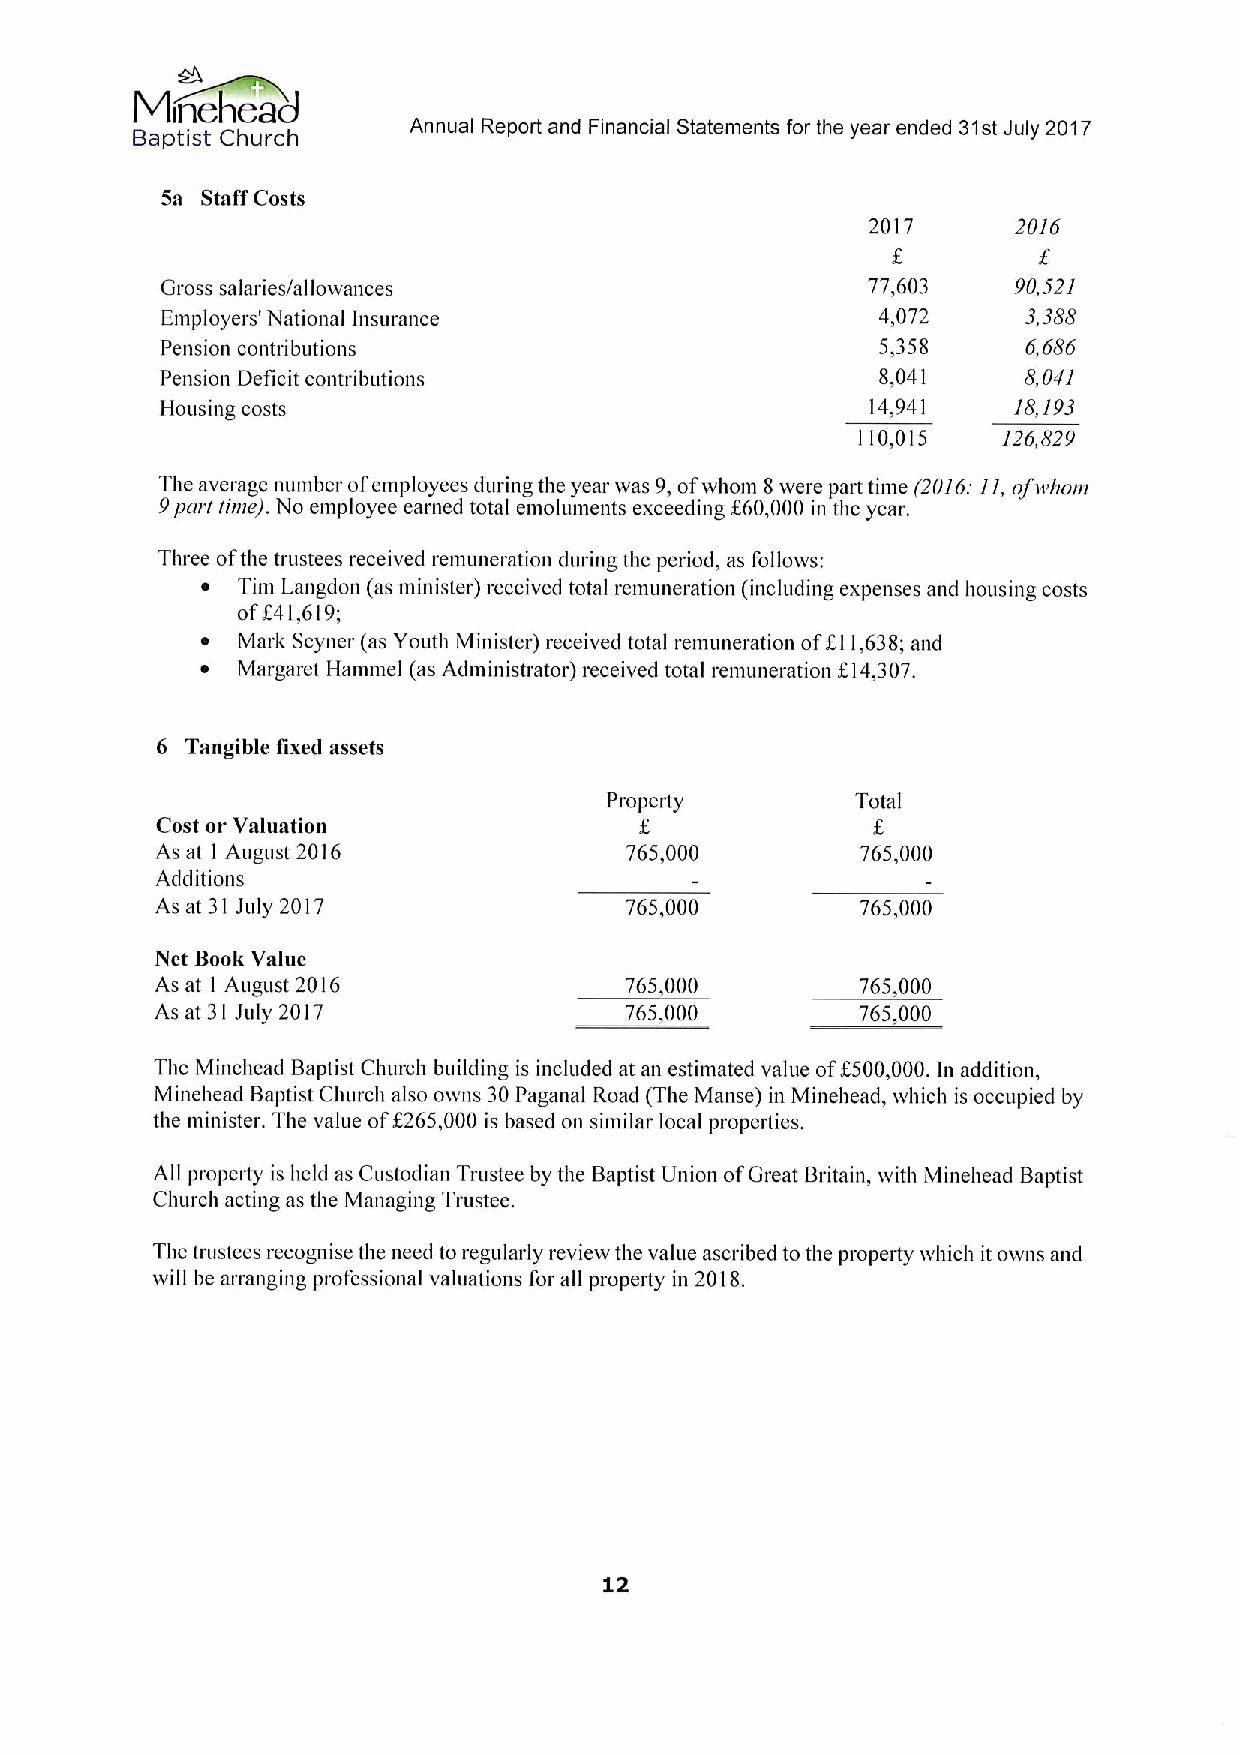
Minehead
 Baptist Church
 Annual Report and Financial Statements for the year ended 31stJuly 2017
 5a Staff Costs
 2017     2016
 Gross salaries/allowances                      77,603   90,521
 Employers' National Insurance                  4,072     3,388
 Pension contributions                          5,358     6,686
 Pension Deficit contributions                  8,041     8,041
 Hoilsillg costs                                14,941   18,193
 110,015  126,829
 The average number ofemployees during the year was 9,ofwhom 8were pan time (20/6t ll, ofwhom
 9part time). No employee earned total emoluments exceeding f 60,000 in the year.
 Three ofthe trustees received remuneration during the period, as follows:
 ~  Tim Langdon (as minister) received total remuneration (including expenses and housing costs
 off41,619;
 ~  Mark Scyner (as Youth Minister) received total remuneration off11,638;and
 ~  Margaret Hammel (as Administrator) received total remuneration KI4,307.
 6 Tangible fixed assets
 Property         Total
 Cost or Valuation
 As at I August 2016            765,000         765,000
 Additions
 As at 31July 2017              765,000         765,000
 Net Book Value
 As at I August 2016            765,000         765,000
 As at 31 July 2017             765,000         765,000
 The Minehead Baptist Church building is included at an estimated value
 off
 500,000.In addition,
 Minehead Baptist Church also owns 30Paganal Road (The Manse) in Minehead, which is occupied by
 the minister. The value of$265,000 is based on similar local properties.
 All property is held as Custodian Trustee by the Baptist Union ofGreat Britain, with Minehead Baptist
 Church acting as the Managing Trustee.
 The trustees recognise the need to regularly review the value ascribed to the property which it owns and
 will be arranging professional valuations for all property in 2018.
 12